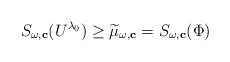
LaTeX: \begin{align*}S_{\omega,\mathbf{c}}(U^{\lambda_0})\ge \widetilde{\mu}_{\omega,\mathbf{c}}=S_{\omega,\mathbf{c}}(\Phi)\end{align*}